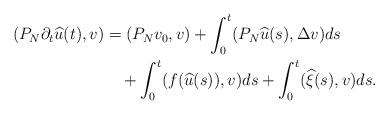
LaTeX: \begin{align*}(P_N\partial_t \widehat{u}(t),v)&=(P_Nv_0,v)+\int_0^t (P_N\widehat{u}(s), \Delta v)ds \\&\quad+\int_0^t (f(\widehat{u}(s)),v)ds+\int_0^t (\widehat{\xi}(s), v)ds.\end{align*}